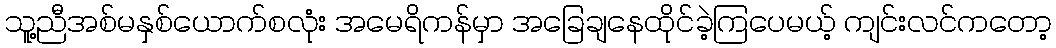
သူ့ညီအစ်မနှစ်ယောက်စလုံး အမေရိကန်မှာ အခြေချနေထိုင်ခဲ့ကြပေမယ့် ကျင်းလင်ကတော့